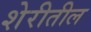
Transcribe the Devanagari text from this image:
शेरीतील